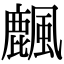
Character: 𪋖